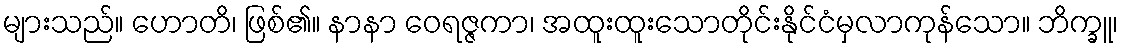
များသည်။ ဟောတိ၊ ဖြစ်၏။ နာနာ ဝေရဇ္ဇကာ၊ အထူးထူးသောတိုင်းနိုင်ငံမှလာကုန်သော။ ဘိက္ခူ၊